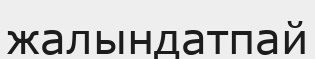
жалындатпай